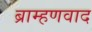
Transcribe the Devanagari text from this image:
ब्राम्हणवाद